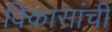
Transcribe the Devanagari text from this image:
विकासांची